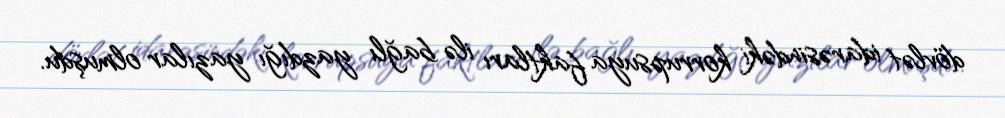
dövlət idarəsindəki korrupsuya faktları ilə bağlı yazdığı yazılar olmuşdu.